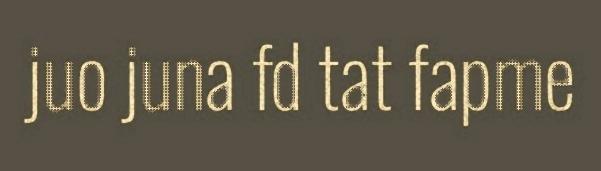
juo juna fd tat fapme